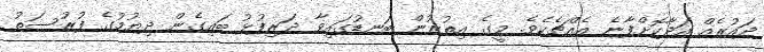
ދައުރެއް އަދާކޮށްފާނެ އެއްޗެކެވެ. މީގެ އިތުރުން ބަނޑުގައިވާ ދަރިފުޅު ބައިގެން ދިޔުމުގެ ފުރުސަތު